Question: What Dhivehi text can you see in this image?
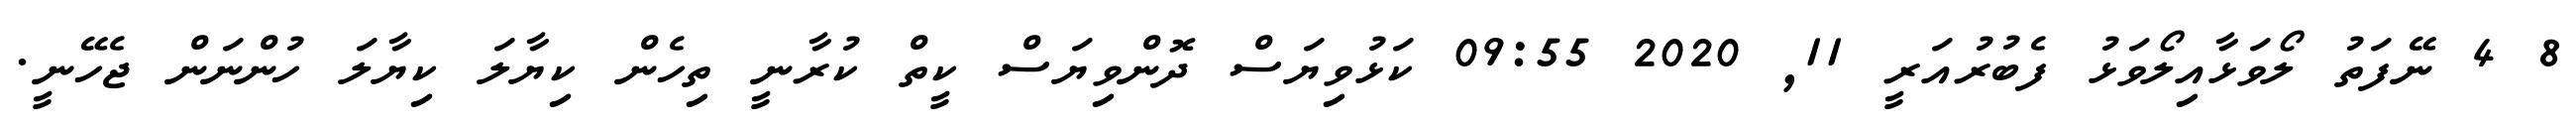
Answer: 8 4 ނޭފަތު ލޯވަޅާއިލޯވަޅު ފެބުރުއަރީ 11, 2020 09:55 ކަޅުވިޔަސް ދޮންވިޔަސް ކީތް ކުރާނީ ތިހެން ކިޔާލަ ކިޔާލަ ހުންނަން ޖެހޭނީ.